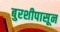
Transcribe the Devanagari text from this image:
बुरशीपासून